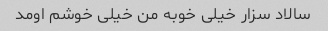
سالاد سزار خیلی خوبه من خیلی خوشم اومد